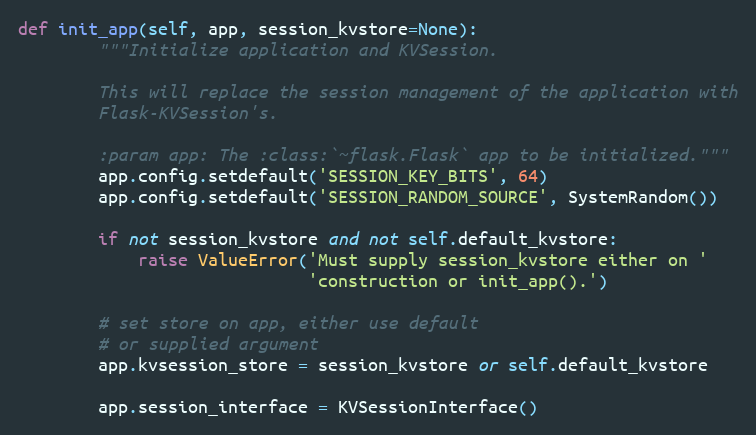
Language: Python
def init_app(self, app, session_kvstore=None):
        """Initialize application and KVSession.

        This will replace the session management of the application with
        Flask-KVSession's.

        :param app: The :class:`~flask.Flask` app to be initialized."""
        app.config.setdefault('SESSION_KEY_BITS', 64)
        app.config.setdefault('SESSION_RANDOM_SOURCE', SystemRandom())

        if not session_kvstore and not self.default_kvstore:
            raise ValueError('Must supply session_kvstore either on '
                             'construction or init_app().')

        # set store on app, either use default
        # or supplied argument
        app.kvsession_store = session_kvstore or self.default_kvstore

        app.session_interface = KVSessionInterface()